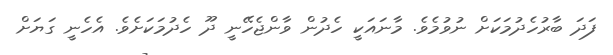
ފަދަ ބާރުހެދުމަކަށް ނުވުމެވެ. މާނައަކީ ހެދުން ވާންޖެހޭނީ ދޫ ހެދުމަކަށެވެ. އެހެނީ ގަޔަށް